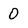
Character: 0